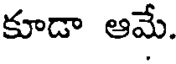
కూడా ఆమే.